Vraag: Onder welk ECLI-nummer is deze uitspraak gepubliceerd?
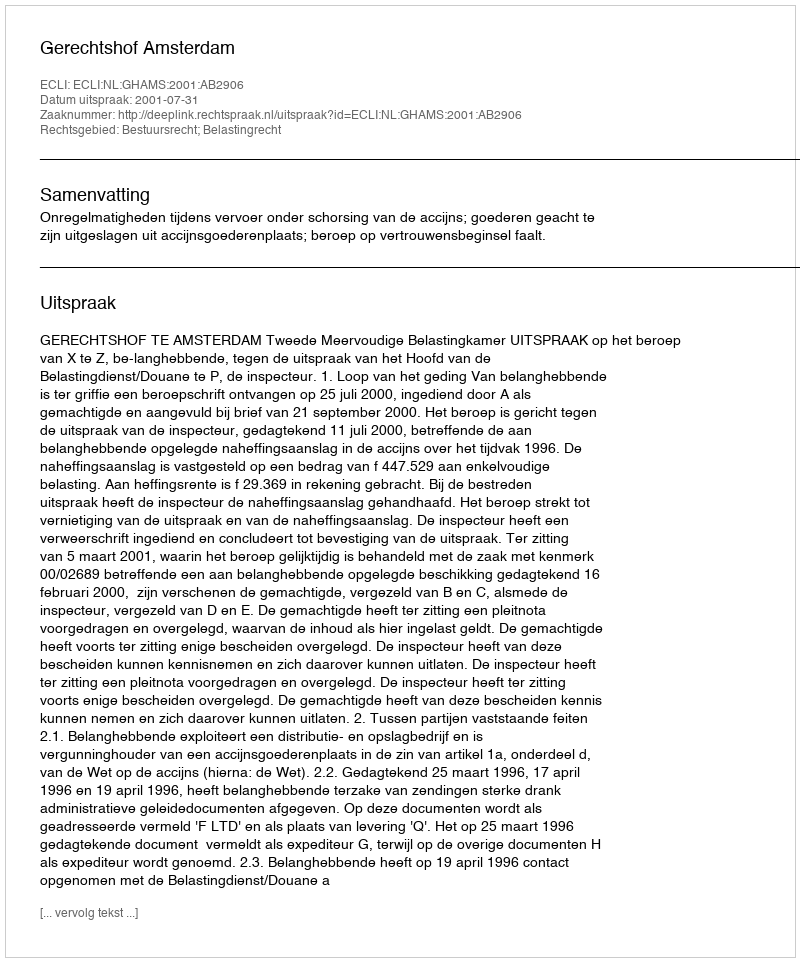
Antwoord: ECLI:NL:GHAMS:2001:AB2906